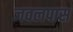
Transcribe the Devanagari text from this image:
जवलपास